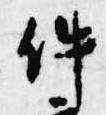
件